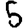
Digit: 5